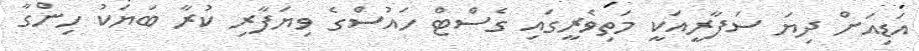
އަޑިއަށް ދިޔަ ސަފާރީއަކީ މަތިވެރީގައި ގެސްޓް ހައުސްގެ ވިޔަފާރި ކުރާ ބަޔަކު ހިންގާ